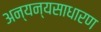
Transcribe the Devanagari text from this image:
अन्यन्यसाधारण